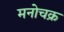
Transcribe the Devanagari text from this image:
मनोचक्र